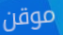
موقن